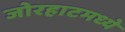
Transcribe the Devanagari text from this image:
जोरहाटमध्ये